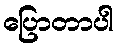
ပြောတာပါ